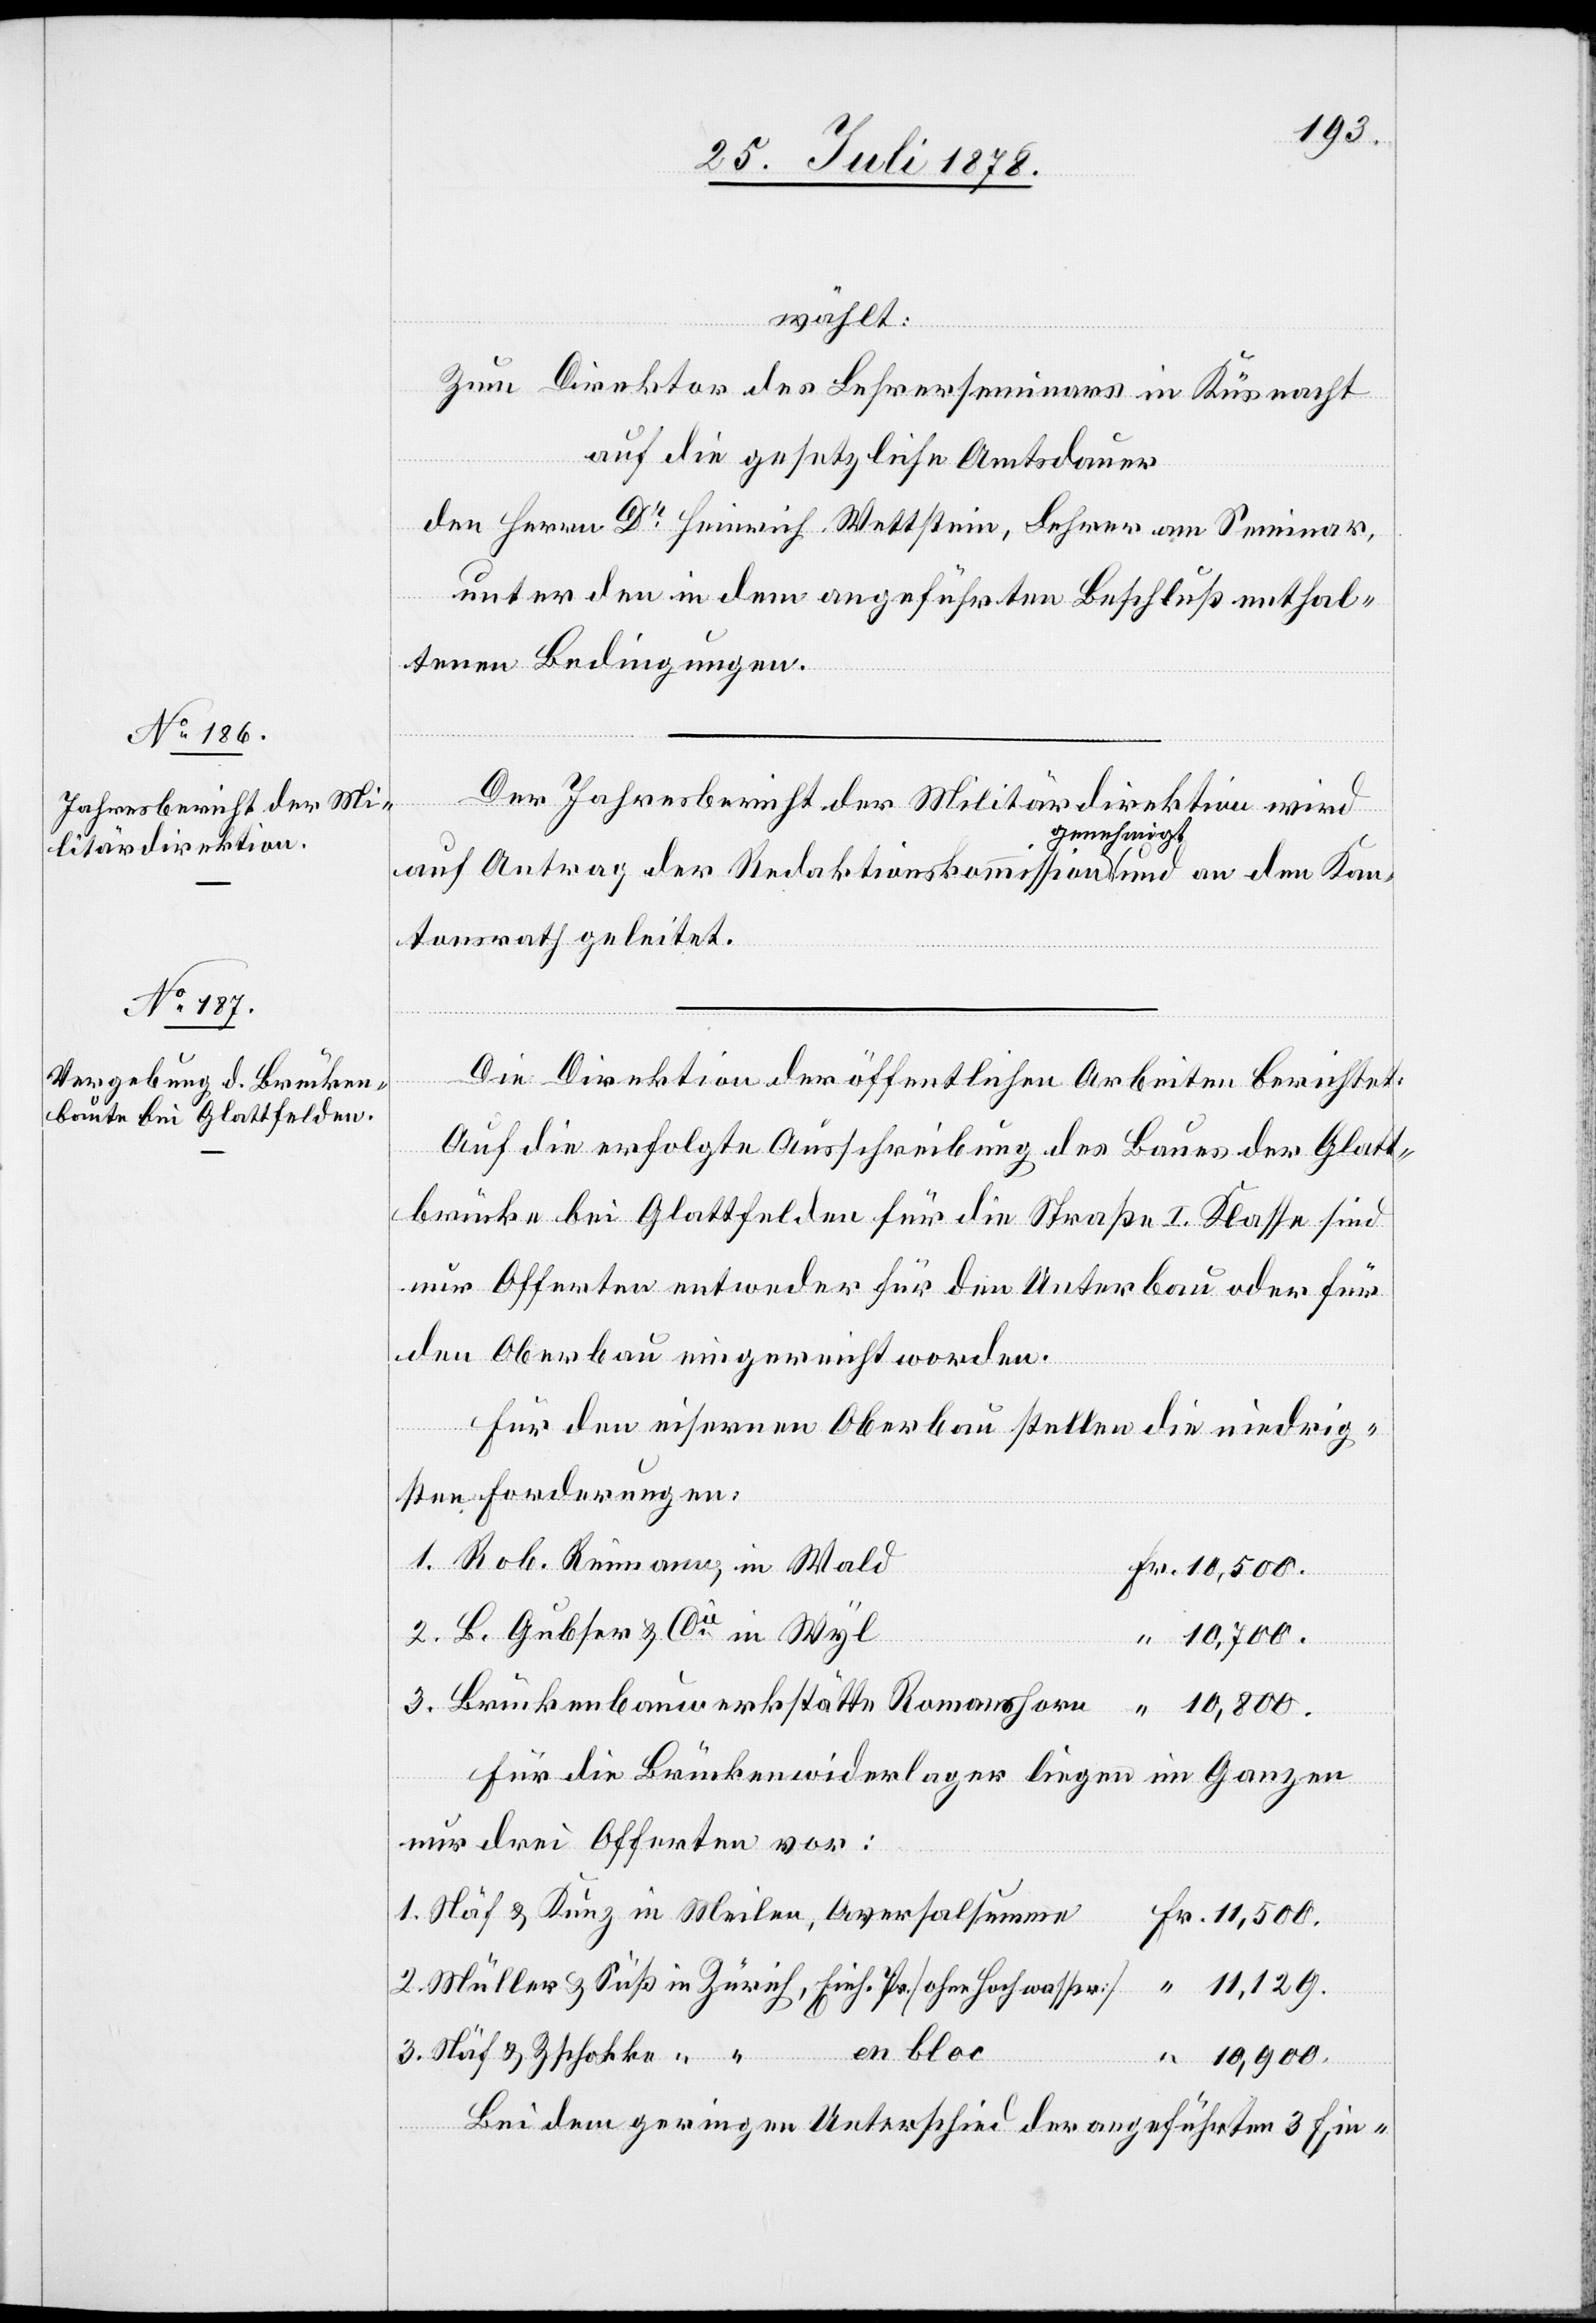
wählt:
Zum Direktor des Lehrerseminars in Küsnacht
auf die gesetzliche Amtsdauer
den Herren Dr Heinrich Wettstein, Lehrer am Seminar,
unter den in dem angeführten Beschluß enthal¬
tenen Bedingungen.
Der Jahresbericht der Militärdirektion wird
auf Antrag der Redaktionskommission genehmigt und an den Kan¬
tonsrath geleitet.
en
Die Direktion der öffentlichen Arbeiten berichtet:
Auf die erfolgte Ausschreibung des Baues der Glatt¬
brücke bei Glattfelden für die Straße I. Klasse sind
nur Offerten entweder für den Unterbau oder für
den Oberbau eingereicht worden.
Für den eisernen Oberbau stellen die niedrig¬
sten Forderungen:
1. Rob. Reinmann, in Wald
Fr. 10,500.
2. B. Gubser & Cie in Wyl
“ 10,700.
3. Brückenbauwerkstätte Romanshorn “ 10,800.
Für die Brückenwiderlager liegen im Ganzen
nur drei Offerten vor:
1. Näf & Kunz in Meilen, Aversalsumme
Fr. 11,500.
2. Müller & Süß in Zürich, Einh. Pr. [ohne Hochwasser] “ 11,129.
3. Näf & Zschokke [in]
“ 10,900.
Bei dem geringen Unterschied der angeführten 3 Ein-